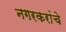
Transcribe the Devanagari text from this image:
नगरकरांचे